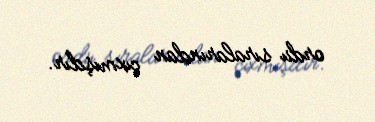
ordu sıralarından çıxmışdır.